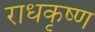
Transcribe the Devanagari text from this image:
राधकृष्ण